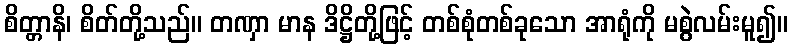
စိတ္တာနိ၊ စိတ်တို့သည်။ တဏှာ မာန ဒိဋ္ဌိတို့ဖြင့် တစ်စုံတစ်ခုသော အာရုံကို မစွဲလမ်းမူ၍။